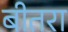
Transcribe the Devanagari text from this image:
बीतरा